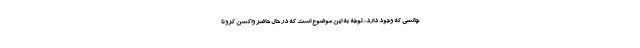
چالشی که وجود دارد، توجه به این موضوع است که در حال حاضر واکسن کرونا